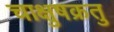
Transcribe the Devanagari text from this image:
चाक्षुषक्रतु